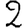
Digit: 2